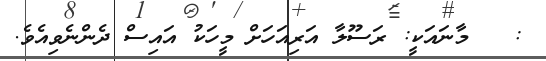
:   މާނައަކީ: ރަސޫލާ އަރިއަހަށް މީހަކު އައިސް ދެންނެވިއެވެ.